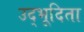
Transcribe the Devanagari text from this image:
उद्भूदिता